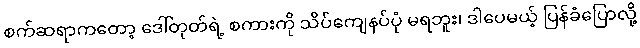
စက်ဆရာကတော့ ဒေါ်တုတ်ရဲ့ စကားကို သိပ်ကျေနပ်ပုံ မရဘူး၊ ဒါပေမယ့် ပြန်ခံပြောလို့